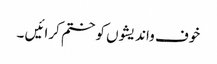
خوف واندیشوں کو ختم کرائیں ۔